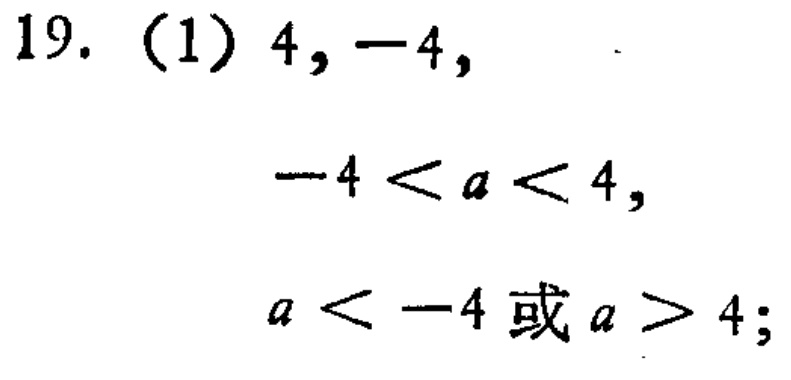
19. (1) \(4, -4,\)

\(-4 < a < 4,\)

\(a < -4或a > 4;\)